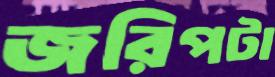
জরিপটা